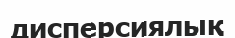
дисперсиялық